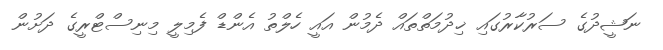
ނަޝީދުގެ ސަރުކާރުގައި ޚިދުމަތްތައް ދެމުން އައީ ހެލްތު އެންޑް ފެމިލީ މިނިސްޓްރީގެ ދަށުން